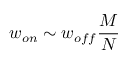
w _ { o n } \sim w _ { o f f } { \frac { M } { N } }